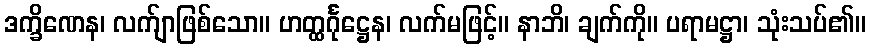
ဒက္ခိဏေန၊ လက်ျာဖြစ်သော။ ဟတ္ထင်္ဂုဋ္ဌေန၊ လက်မဖြင့်။ နာဘိ၊ ချက်ကို။ ပရာမဋ္ဌာ၊ သုံးသပ်၏။